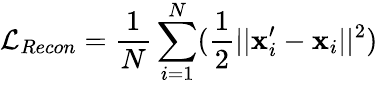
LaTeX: \mathcal{L}_{Recon}=\frac{1}{N}\sum_{i=1}^{N}(\frac{1}{2}||\mathbf{x}_{i}^{\prime}-\mathbf{x}_{i}||^{2})